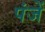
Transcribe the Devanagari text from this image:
पंजें